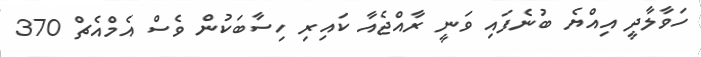
ހަވާލާދީ އިއްޔެ ބުނެފައި ވަނީ ރާއްޖެއާ ކައިރި ހިސާބަކުން ވެސް އެމްއެޗް 370